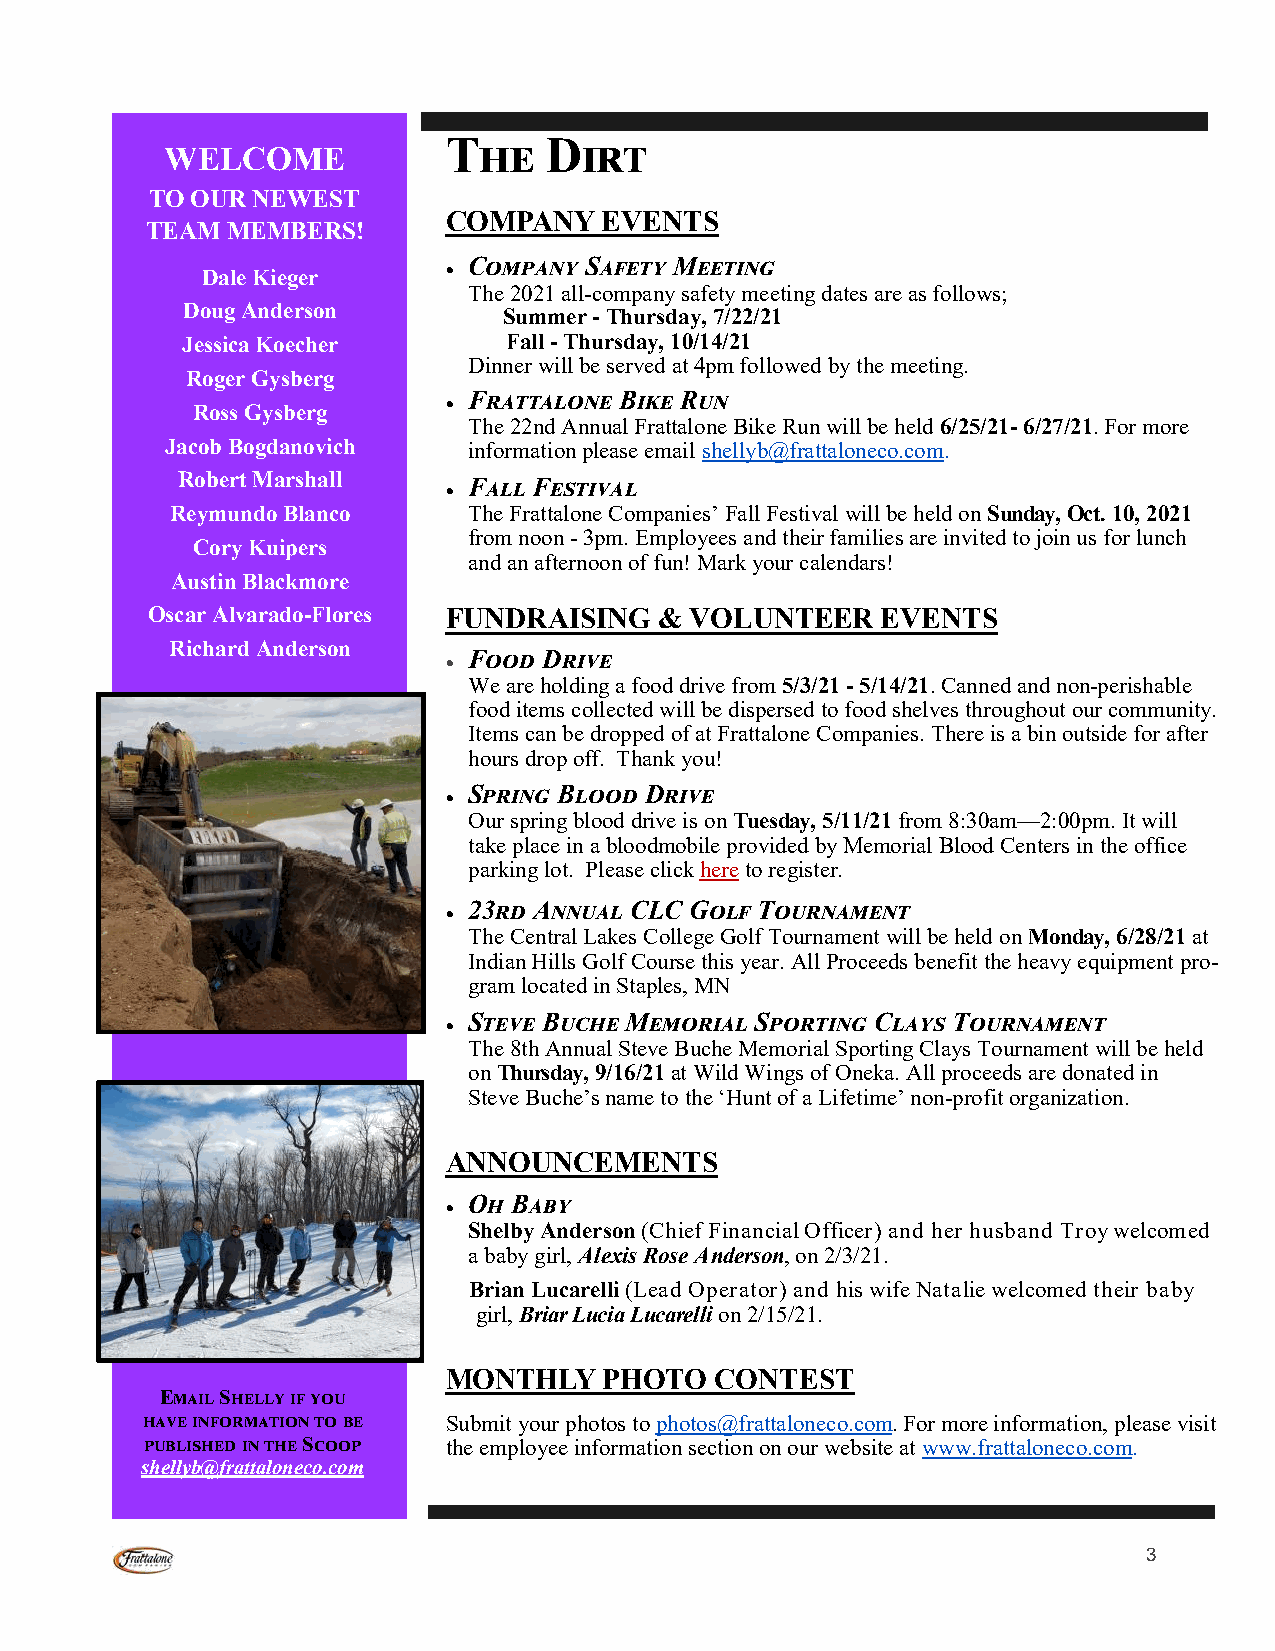
The   Dirt
 WELC   OME
 TO OUR N EWEST
 COMPANY   EVENTS
 TEAM ME MBERS!
 Company Safety Meeting
 Dale Kieger      
 The 2021 all-company safety meeting dates are as follows;
 Doug Anderson        Summer - Thursday, 7/22/21
 Jessica Koecher      Fall - Thursday, 10/14/21
 Dinner will be served at 4pm followed by the meeting.
 Roger Gysberg
 Frattalone Bike Run
 
 Ross Gysberg
 The 22nd Annual Frattalone Bike Run will be held 6/25/21- 6/27/21. For more
 Jacob Bogdanovich   information please email shellyb@frattaloneco.com.
 Robert Marshall
 
 Fall Festival
 Reymundo Blanco     The Frattalone Companies’ Fall Festival will be held on Sunday, Oct. 10, 2021
 from noon - 3pm. Employees and their families are invited to join us for lunch
 Cory Kuipers
 and an afternoon of fun! Mark your calendars!
 Austin Blackmore
 Oscar Alvarado-Flores FUNDRAISING & VOLUNTEER   EVENTS
 Richard Anderson
 Food Drive
 
 We are holding a food drive from 5/3/21 - 5/14/21. Canned and non-perishable
 food items collected will be dispersed to food shelves throughout our community.
 Items can be dropped of at Frattalone Companies. There is a bin outside for after
 hours drop off. Thank you!
 Spring Blood Drive
 
 Our spring blood drive is on Tuesday, 5/11/21 from 8:30am—2:00pm. It will
 take place in a bloodmobile provided by Memorial Blood Centers in the office
 parking lot. Please click here to register.
 23rd Annual CLC Golf Tournament
 
 The Central Lakes College Golf Tournament will be held on Monday, 6/28/21 at
 Indian Hills Golf Course this year. All Proceeds benefit the heavy equipment pro-
 gram located in Staples, MN
 Steve Buche Memorial Sporting Clays Tournament
 
 The 8th Annual Steve Buche Memorial Sporting Clays Tournament will be held
 on Thursday, 9/16/21 at Wild Wings of Oneka. All proceeds are donated in
 Steve Buche’s name to the ‘Hunt of a Lifetime’ non-profit organization.
 ANNOUNCEMENTS
 
 Oh Baby
 Shelby Anderson (Chief Financial Officer) and her husband Troy welcomed
 a baby girl, Alexis Rose Anderson, on 2/3/21.
 Brian Lucarelli (Lead Operator) and his wife Natalie welcomed their baby
 girl, Briar Lucia Lucarelli on 2/15/21.
 MONTHLY   PHOTO  CONTEST
 Email Shelly if you
 have information to be Submit your photos to photos@frattaloneco.com. For more information, please visit
 published in the Scoop the employee information section on our website at www.frattaloneco.com.
 shellyb@frattaloneco.com
 3